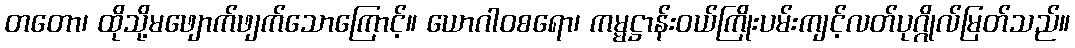
တတော၊ ထိုသို့မဖျောက်ဖျက်သောကြောင့်။ ယောဂါဝစရော၊ ကမ္မဋ္ဌာန်းဝယ်ကြိုးပမ်းကျင့်လတ်ပုဂ္ဂိုလ်မြတ်သည်။